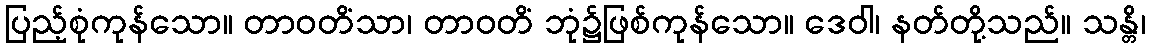
ပြည့်စုံကုန်သော။ တာဝတိံသာ၊ တာဝတိံ ဘုံ၌ဖြစ်ကုန်သော။ ဒေဝါ၊ နတ်တို့သည်။ သန္တိ၊